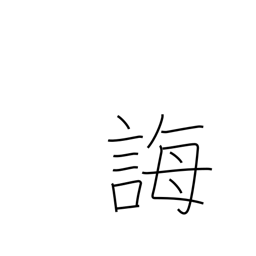
Meaning: instruct